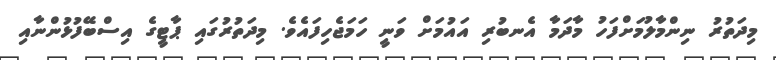
މިދަތުރު ނިންމާލުމަށްފަހު މާދަމާ އެނބުރި އައުމަށް ވަނީ ހަމަޖެހިފައެވެ. މިދަތުރުގައި ޕާޓީގެ އިސްބޭފުޅުންނާއި